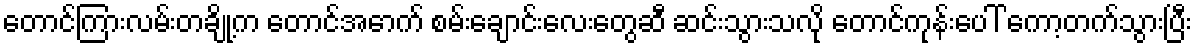
တောင်ကြားလမ်းတချို့က တောင်အောက် စမ်းချောင်းလေးတွေဆီ ဆင်းသွားသလို တောင်ကုန်းပေါ် ကော့တက်သွားပြီး